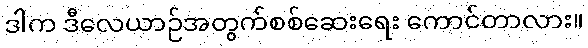
ဒါက ဒီလေယာဉ်အတွက်စစ်ဆေးရေး ကောင်တာလား။